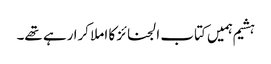
ہشیم ہمیں کتاب الجنائز کا املا کرا رہے تھے۔